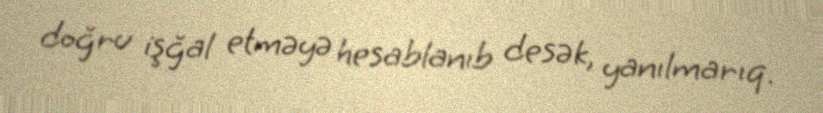
doğru işğal etməyə hesablanıb desək, yanılmarıq.